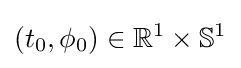
(t_{0},\phi _{0})\in \mathbb {R} ^{1}\times \mathbb {S} ^{1}